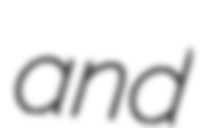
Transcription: and